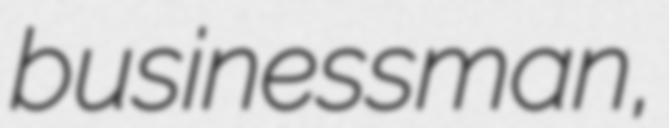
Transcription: businessman,